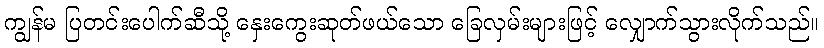
ကျွန်မ ပြတင်းပေါက်ဆီသို့ နှေးကွေးဆုတ်ဖယ်သော ခြေလှမ်းများဖြင့် လျှောက်သွားလိုက်သည်။